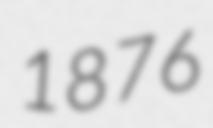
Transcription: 1876